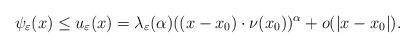
LaTeX: \begin{align*}\psi_\varepsilon(x)\leq u_\varepsilon(x)=\lambda_\varepsilon(\alpha)((x-x_0)\cdot\nu(x_0))^\alpha+o(|x-x_0|).\end{align*}